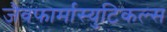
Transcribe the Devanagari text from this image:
जैवफार्मास्युटिकल्स